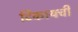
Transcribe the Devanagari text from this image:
टिकायची